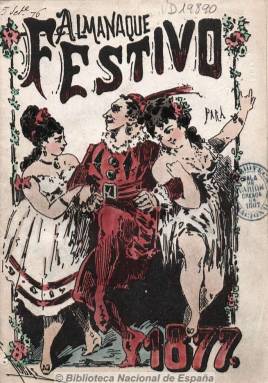
Título: Almanaque festivo (Madrid. 1876)
Colección: Almanaques || Revistas satíricas y humorísticas
Ámbito geográfico: Madrid
Lugar de publicación: Madrid
Fechas: 01/01/1877-31/12/1878

Aunque no considerados como estrictamente periodísticos, los calendarios, almanaques y pronósticos fueron de las primeras publicaciones periódicas existentes ya que se habían difundido  manuscritos antes de la Imprenta, saliendo los primeros impresos del propio taller de Gutenberg. Estaban destinados a todas las capas sociales para un público poco ilustrado pues en un principio se podían consultar casi sin saber leer por estar compuestos de figuras, signos tipográficos y astrológicos e imágenes que contenían pronósticos, ocupando la astrología una parte fundamental. En España comenzaron a editarse en el siglo XVIII, alcanzando su mayor auge en 1767. Algunos literatos, como Diego de Torres y Villarroel, les deben sus comienzos literarios. Al final de este siglo muchos fueron censurados perdiendo prestigio, pero con la aparición en 1791 del primer almanaque científico calculado por el Observatorio de Cádiz para la Marina, este tipo de publicaciones fue prodigándose de nuevo a lo largo del siglo XIX hasta la actualidad.

Este Almanaque festivo (Madrid. 1876) fue publicado en 1876 y 1877 en formato pequeño en Madrid por la Imprenta de Murcia y Martí en donde colaboraron diferentes  autores, entre ellos Asenjo Barbieri y Hartzenbusch. Se compone, como es habitual, de una parte de calendario con el cómputo eclesiástico, fiestas movibles, épocas célebres, eclipses, ferias y mercados, etc. además del ‘juicio del año’, escrito en verso en estilo jocoso por autores distintos. El resto de la publicación lo integran pequeñas historias de tipo curioso y anecdótico casi siempre en clave de humor escritas por distintos autores y acompañadas de grabados alusivos. En la parte final, también anuncios.